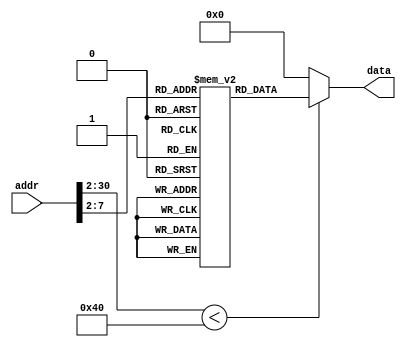
`timescale 1ns/1ps

module ROM (addr,data);
input [30:0] addr;
output [31:0] data;

localparam ROM_SIZE = 64;
(* rom_style = "distributed" *) reg [31:0] ROMDATA[ROM_SIZE-1:0];

assign data=(addr[30:2] < ROM_SIZE)?ROMDATA[addr[30:2]]:32'b0;

integer i;
initial begin
		ROMDATA[0] <= 32'h00000000;//labelstart: sll $0 $0 0
		ROMDATA[1] <= 32'h00000000;//sll $0 $0 0
		ROMDATA[2] <= 32'h00000000;//sll $0 $0 0
		ROMDATA[3] <= 32'h00000000;//sll $0 $0 0
		ROMDATA[4] <= 32'h00000000;//sll $0 $0 0
		ROMDATA[5] <= 32'h21ef0001;//addi $15 $15 1
		ROMDATA[6] <= 32'h21ef0001;//addi $15 $15 1
		ROMDATA[7] <= 32'hae0f0000;//sw $15 0x0000($16)
		ROMDATA[8] <= 32'h21ce0001;//addi $14 $14 1
		ROMDATA[9] <= 32'h3c090001;//lui $9 0x0001
		ROMDATA[10] <= 32'h10000000;//beq $0 $0 labelb1
		ROMDATA[11] <= 32'h0c00000f;//labelb1: jal jdst1
		ROMDATA[12] <= 32'h8e090000;//lw $9 0x0000($16)
		ROMDATA[13] <= 32'h21290001;//addi $9 $9 1
		ROMDATA[14] <= 32'h21290001;//addi $9 $9 1
		ROMDATA[15] <= 32'h8e110000;//jdst1: lw $17 0x0000($16)
		ROMDATA[16] <= 32'h26310004;//addiu $17 $17 0x00004
		ROMDATA[17] <= 32'h241000aa;//addiu $16 $0 0x000AA
		ROMDATA[18] <= 32'hae110003;//sw $17 0x0003($16)
		ROMDATA[19] <= 32'h0c000014;//jal jadst1
		ROMDATA[20] <= 32'h00112100;//jadst1: sll $4 $17 0x00004
		ROMDATA[21] <= 32'h10000005;//beq $0 $0 labelb2
		ROMDATA[22] <= 32'h000e7040;//sll $14 $14 1
		ROMDATA[23] <= 32'h000e7040;//sll $14 $14 1
		ROMDATA[24] <= 32'h0800001c;//j jdst2
		ROMDATA[25] <= 32'h000f7840;//sll $15 $15 1
		ROMDATA[26] <= 32'h000f7840;//sll $15 $15 1
		ROMDATA[27] <= 32'h216b0001;//labelb2: addi $11 $11 1
		ROMDATA[28] <= 32'h001128c3;//jdst2: sra $5 $17 0x00003
		ROMDATA[29] <= 32'h00918825;//or $17 $4 $17
		ROMDATA[30] <= 32'h00918820;//add $17 $4 $17
		ROMDATA[31] <= 32'hae110003;//sw $17 0x0003($16)
		ROMDATA[32] <= 32'h0274882a;//slt $17 $19 $20
		ROMDATA[33] <= 32'h10110001;//beq $0 $17 labelb3
		ROMDATA[34] <= 32'h02938822;//sub $17 $20 $19
		ROMDATA[35] <= 32'h02748822;//labelb3: sub $17 $19 $20
		ROMDATA[36] <= 32'h8e140003;//lw $20 0x0003($16)
		ROMDATA[37] <= 32'h08000000;//j labelstart


		//ROMDATA[28] <= 32'h08000000;

        
	    for (i=38;i<ROM_SIZE;i=i+1) begin
            ROMDATA[i] <= 32'b0;
        end
end
endmodule